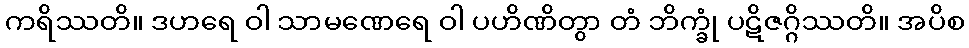
ကရိဿတိ။ ဒဟရေ ဝါ သာမဏေရေ ဝါ ပဟိဏိတွာ တံ ဘိက္ခုံ ပဋိဇဂ္ဂိဿတိ။ အပိစ